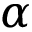
\alpha